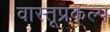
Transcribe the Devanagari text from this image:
वास्तूप्रकल्प